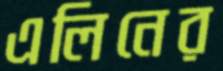
এলিনের